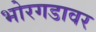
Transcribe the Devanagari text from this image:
भोरगडावर